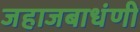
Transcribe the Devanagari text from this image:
जहाजबाधंणी